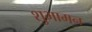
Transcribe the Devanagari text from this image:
शुभामन